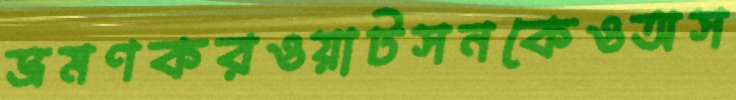
ভ্রমণকরওয়াটসনকেওঅস